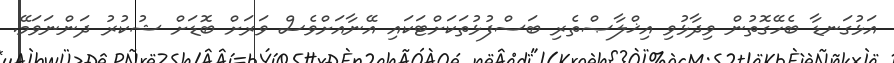
އަޅުގަނޑާ ބެހޭގޮތުން ވިދާޅުވި އިޚްލާޞްތެރި ބަސްފުޅުތަކަށްޓަކައި އޭނާއަށްވެސް ވަރަށް ބޮޑަށް ޝުކުރު ދަންނަވަމޭ.